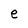
Character: e